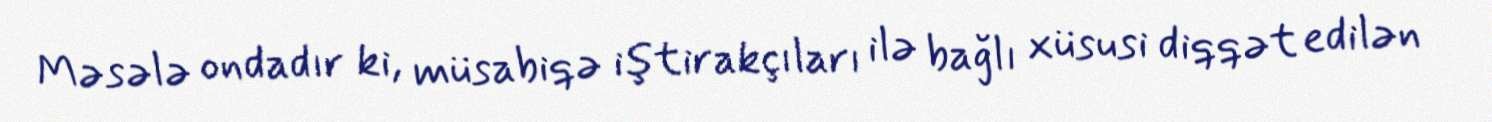
Məsələ ondadır ki, müsabiqə iştirakçıları ilə bağlı xüsusi diqqət edilən